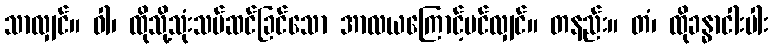
သာလျှင်။ ဝါ၊ ထိုသို့သုံးသပ်ဆင်ခြင်သော အာလယကြောင့်ပင်လျှင်။ တနည်း။ တံ၊ ထိုခန္ဓာငါးပါး